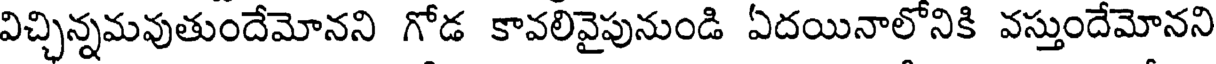
విచ్చిన్నమవుతుందేమోనని గోడ కావలివైపునుండి ఏదయినాలోనికి వస్తుందేమోనని